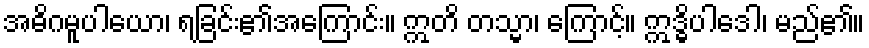
အဓိဂမူပါယော၊ ရခြင်း၏အကြောင်း။ ဣတိ တသ္မာ၊ ကြောင့်။ ဣဒ္ဓိပါဒေါ၊ မည်၏။